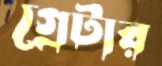
গ্রেটার